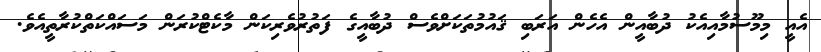
އެއީ މިމޫސުމާއިއެކު ދުބާއީން އެހެން އަރަބި ޤައުމުތަކަށްވެސް ދުބާއީގެ ފަތުރުވެރިކަން މާކެޓްކުރަން މަސައްކަތްކުރާތީއެވެ.